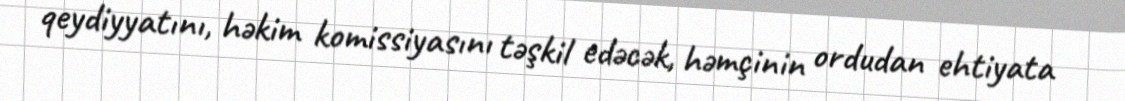
qeydiyyatını, həkim komissiyasını təşkil edəcək, həmçinin ordudan ehtiyata